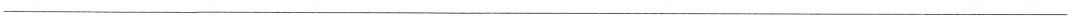
___